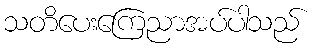
သတိပေးကြေညာအပ်ပါသည်